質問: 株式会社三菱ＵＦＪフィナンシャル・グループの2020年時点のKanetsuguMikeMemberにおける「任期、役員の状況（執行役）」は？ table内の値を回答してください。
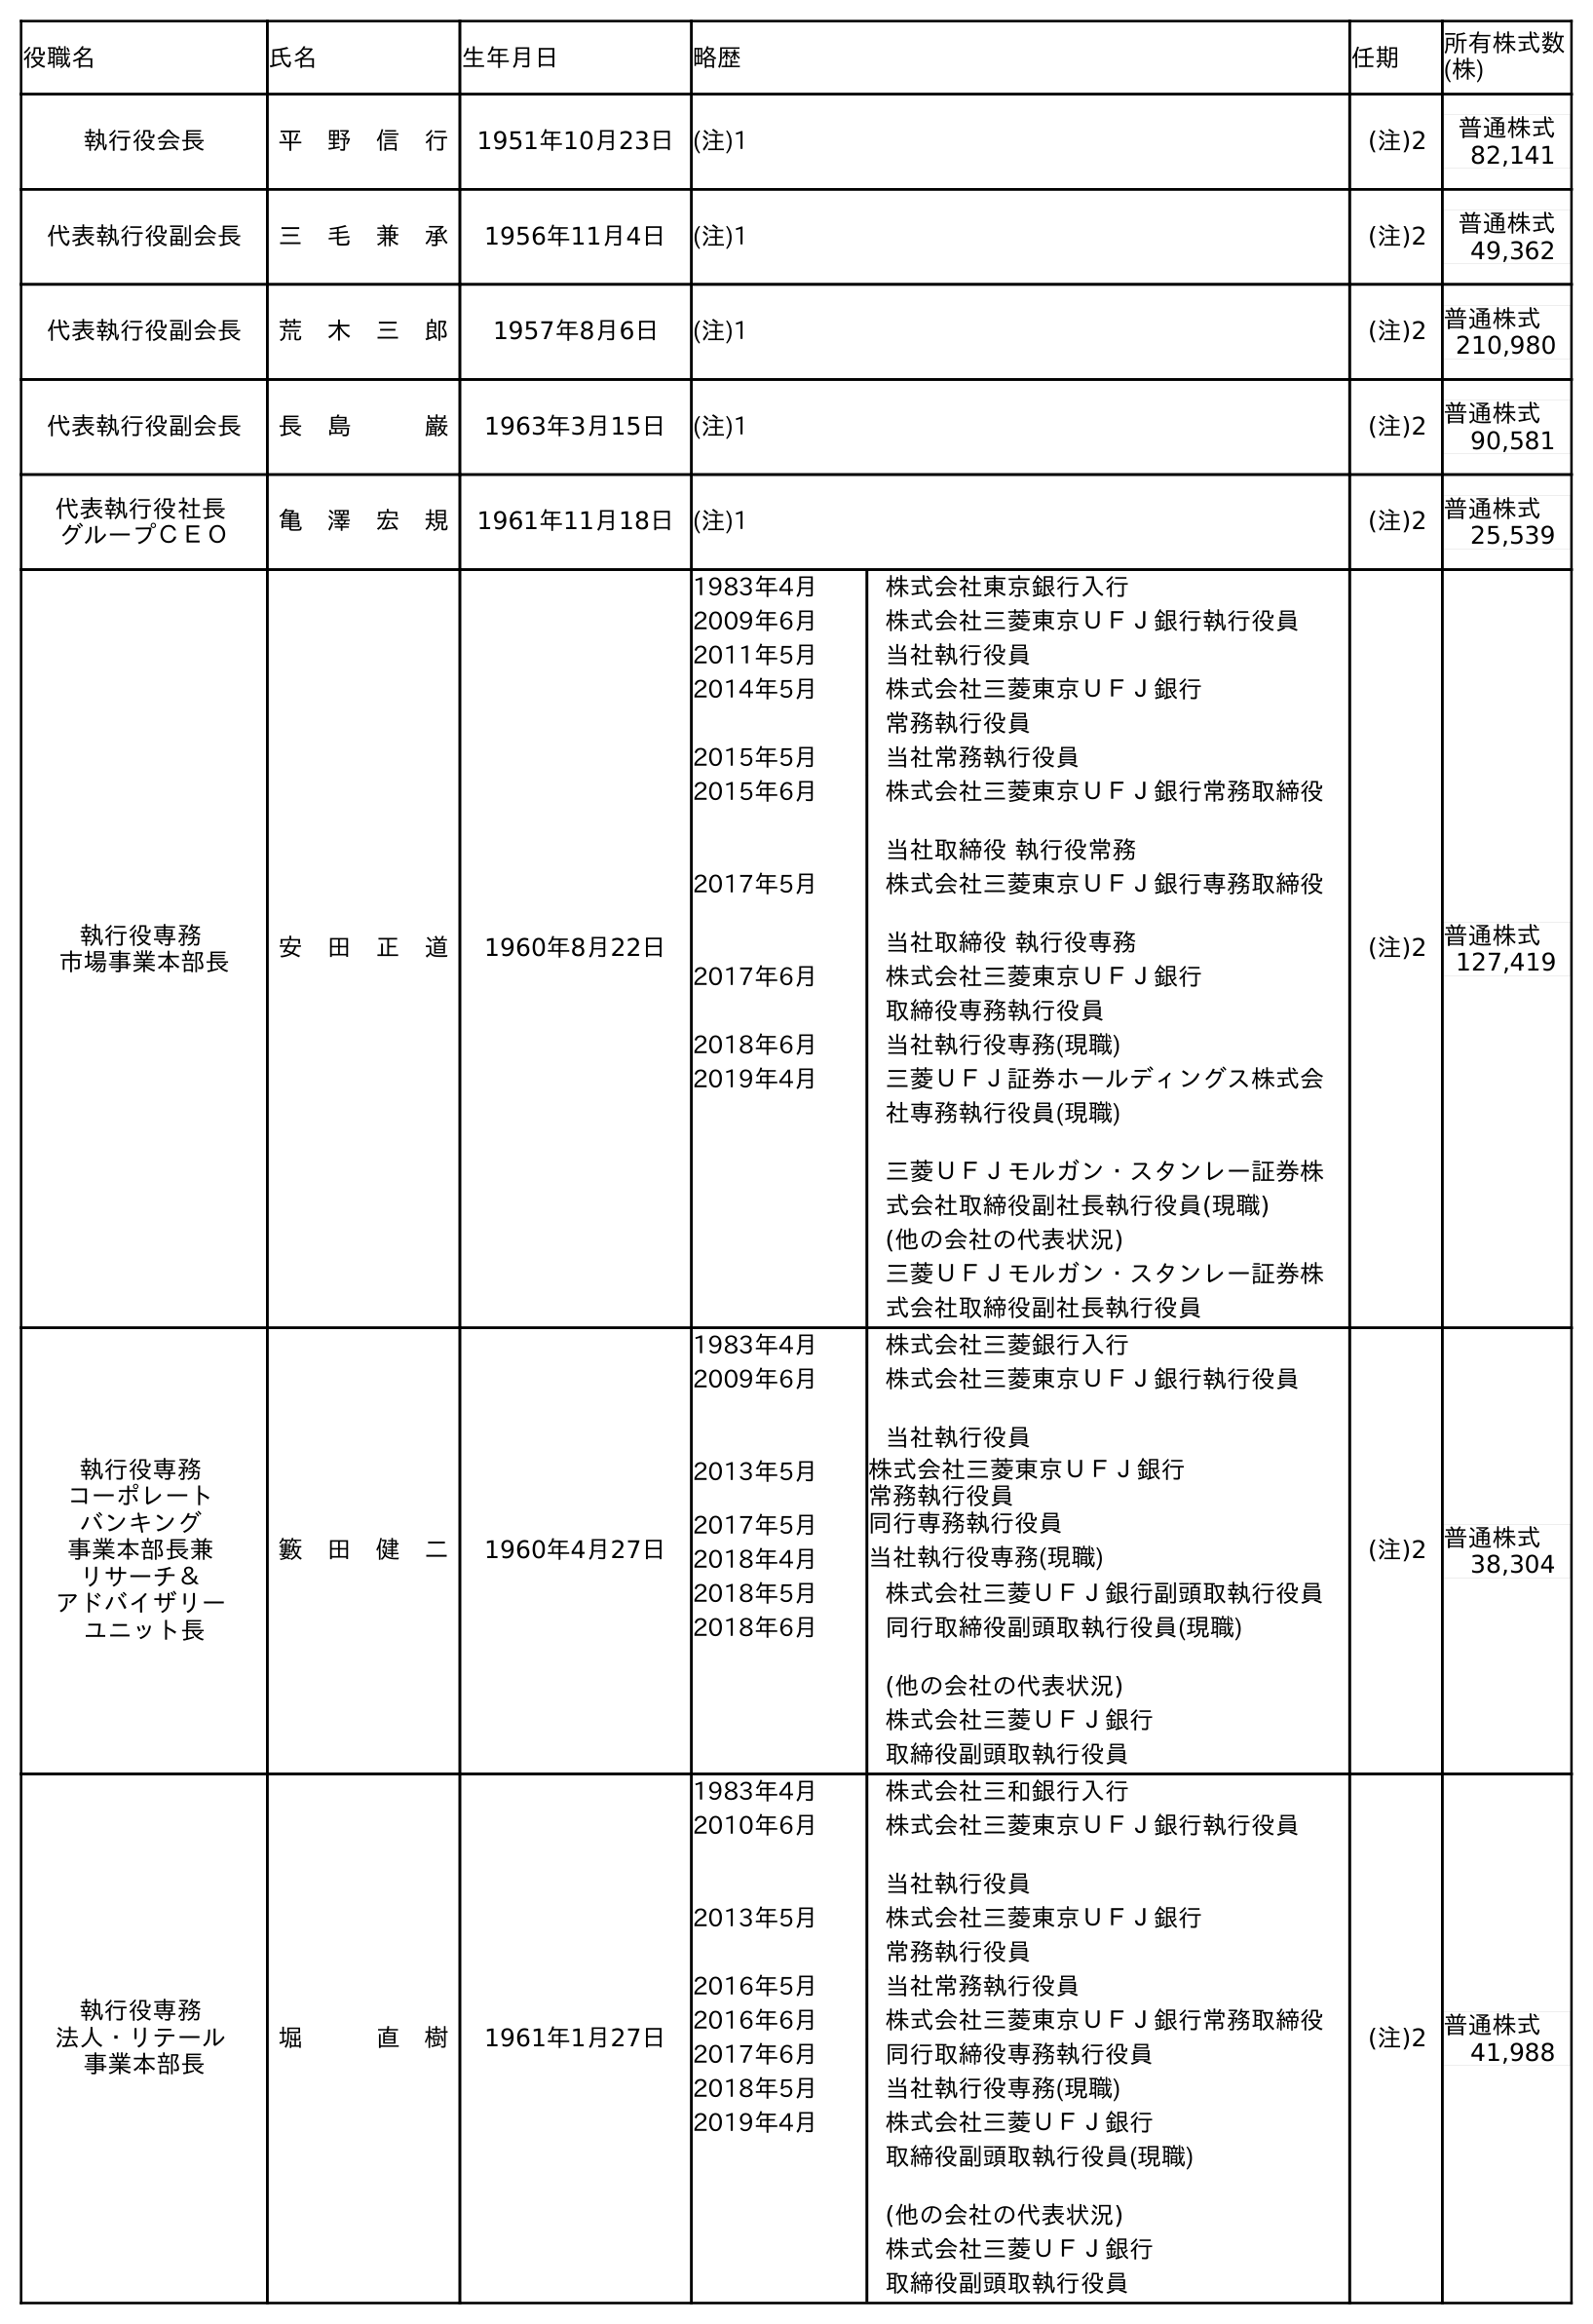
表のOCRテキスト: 役職名 氏名 生年月日 略歴 任期 所有株式数 (株) 執行役会長 平 野 信 行 1951年10月23日(注)1 (注)2 普通株式 82,141 代表執行役副会長 三 毛 兼 承 1956年11月4日 (注)1 (注)2 普通株式 49,362 代表執行役副会長 荒 木 三 郎 1957年8月6日 (注)1 (注)2 普通株式 210,980 代表執行役副会長 長 島   巌 1963年3月15日 (注)1 (注)2 普通株式 90,581 代表執行役社長 グループＣＥＯ 亀 澤 宏 規 1961年11月18日(注)1 (注)2 普通株式 25,539 執行役専務 市場事業本部長 安 田 正 道 1960年8月22日 1983年4月 株式会社東京銀行入行 2009年6月 株式会社三菱東京ＵＦＪ銀行執行役員 2011年5月 当社執行役員 2014年5月 株式会社三菱東京ＵＦＪ銀行 常務執行役員 2015年5月 当社常務執行役員 2015年6月 株式会社三菱東京ＵＦＪ銀行常務取締役 当社取締役 執行役常務 2017年5月 株式会社三菱東京ＵＦＪ銀行専務取締役 当社取締役 執行役専務 2017年6月 株式会社三菱東京ＵＦＪ銀行 取締役専務執行役員 2018年6月 当社執行役専務(現職) 2019年4月 三菱ＵＦＪ証券ホールディングス株式会 社専務執行役員(現職) 三菱ＵＦＪモルガン・スタンレー証券株 式会社取締役副社長執行役員(現職) (他の会社の代表状況) 三菱ＵＦＪモルガン・スタンレー証券株 式会社取締役副社長執行役員 (注)2 普通株式 127,419 執行役専務 コーポレート バンキング 事業本部長兼 リサーチ＆ アドバイザリー ユニット長 籔 田 健 二 1960年4月27日 1983年4月 株式会社三菱銀行入行 2009年6月 株式会社三菱東京ＵＦＪ銀行執行役員 当社執行役員 2013年5月 株式会社三菱東京ＵＦＪ銀行 常務執行役員 2017年5月 同行専務執行役員 2018年4月 当社執行役専務(現職) 2018年5月 株式会社三菱ＵＦＪ銀行副頭取執行役員 2018年6月 同行取締役副頭取執行役員(現職) (他の会社の代表状況) 株式会社三菱ＵＦＪ銀行 取締役副頭取執行役員 (注)2 普通株式 38,304 執行役専務 法人・リテール 事業本部長 堀   直 樹 1961年1月27日 1983年4月 株式会社三和銀行入行 2010年6月 株式会社三菱東京ＵＦＪ銀行執行役員 当社執行役員 2013年5月 株式会社三菱東京ＵＦＪ銀行 常務執行役員 2016年5月 当社常務執行役員 2016年6月 株式会社三菱東京ＵＦＪ銀行常務取締役 2017年6月 同行取締役専務執行役員 2018年5月 当社執行役専務(現職) 2019年4月 株式会社三菱ＵＦＪ銀行 取締役副頭取執行役員(現職) (他の会社の代表状況) 株式会社三菱ＵＦＪ銀行 取締役副頭取執行役員 (注)2 普通株式 41,988
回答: (注)2